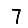
Digit: 7